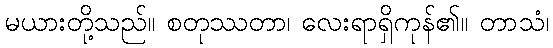
မယားတို့သည်။ စတုဿတာ၊ လေးရာရှိကုန်၏။ တာသံ၊